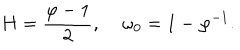
LaTeX: H = \frac { \varphi - 1 } { 2 } , \; \omega _ { 0 } = 1 - \varphi ^ { - 1 } .